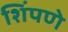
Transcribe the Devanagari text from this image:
शिंपणे